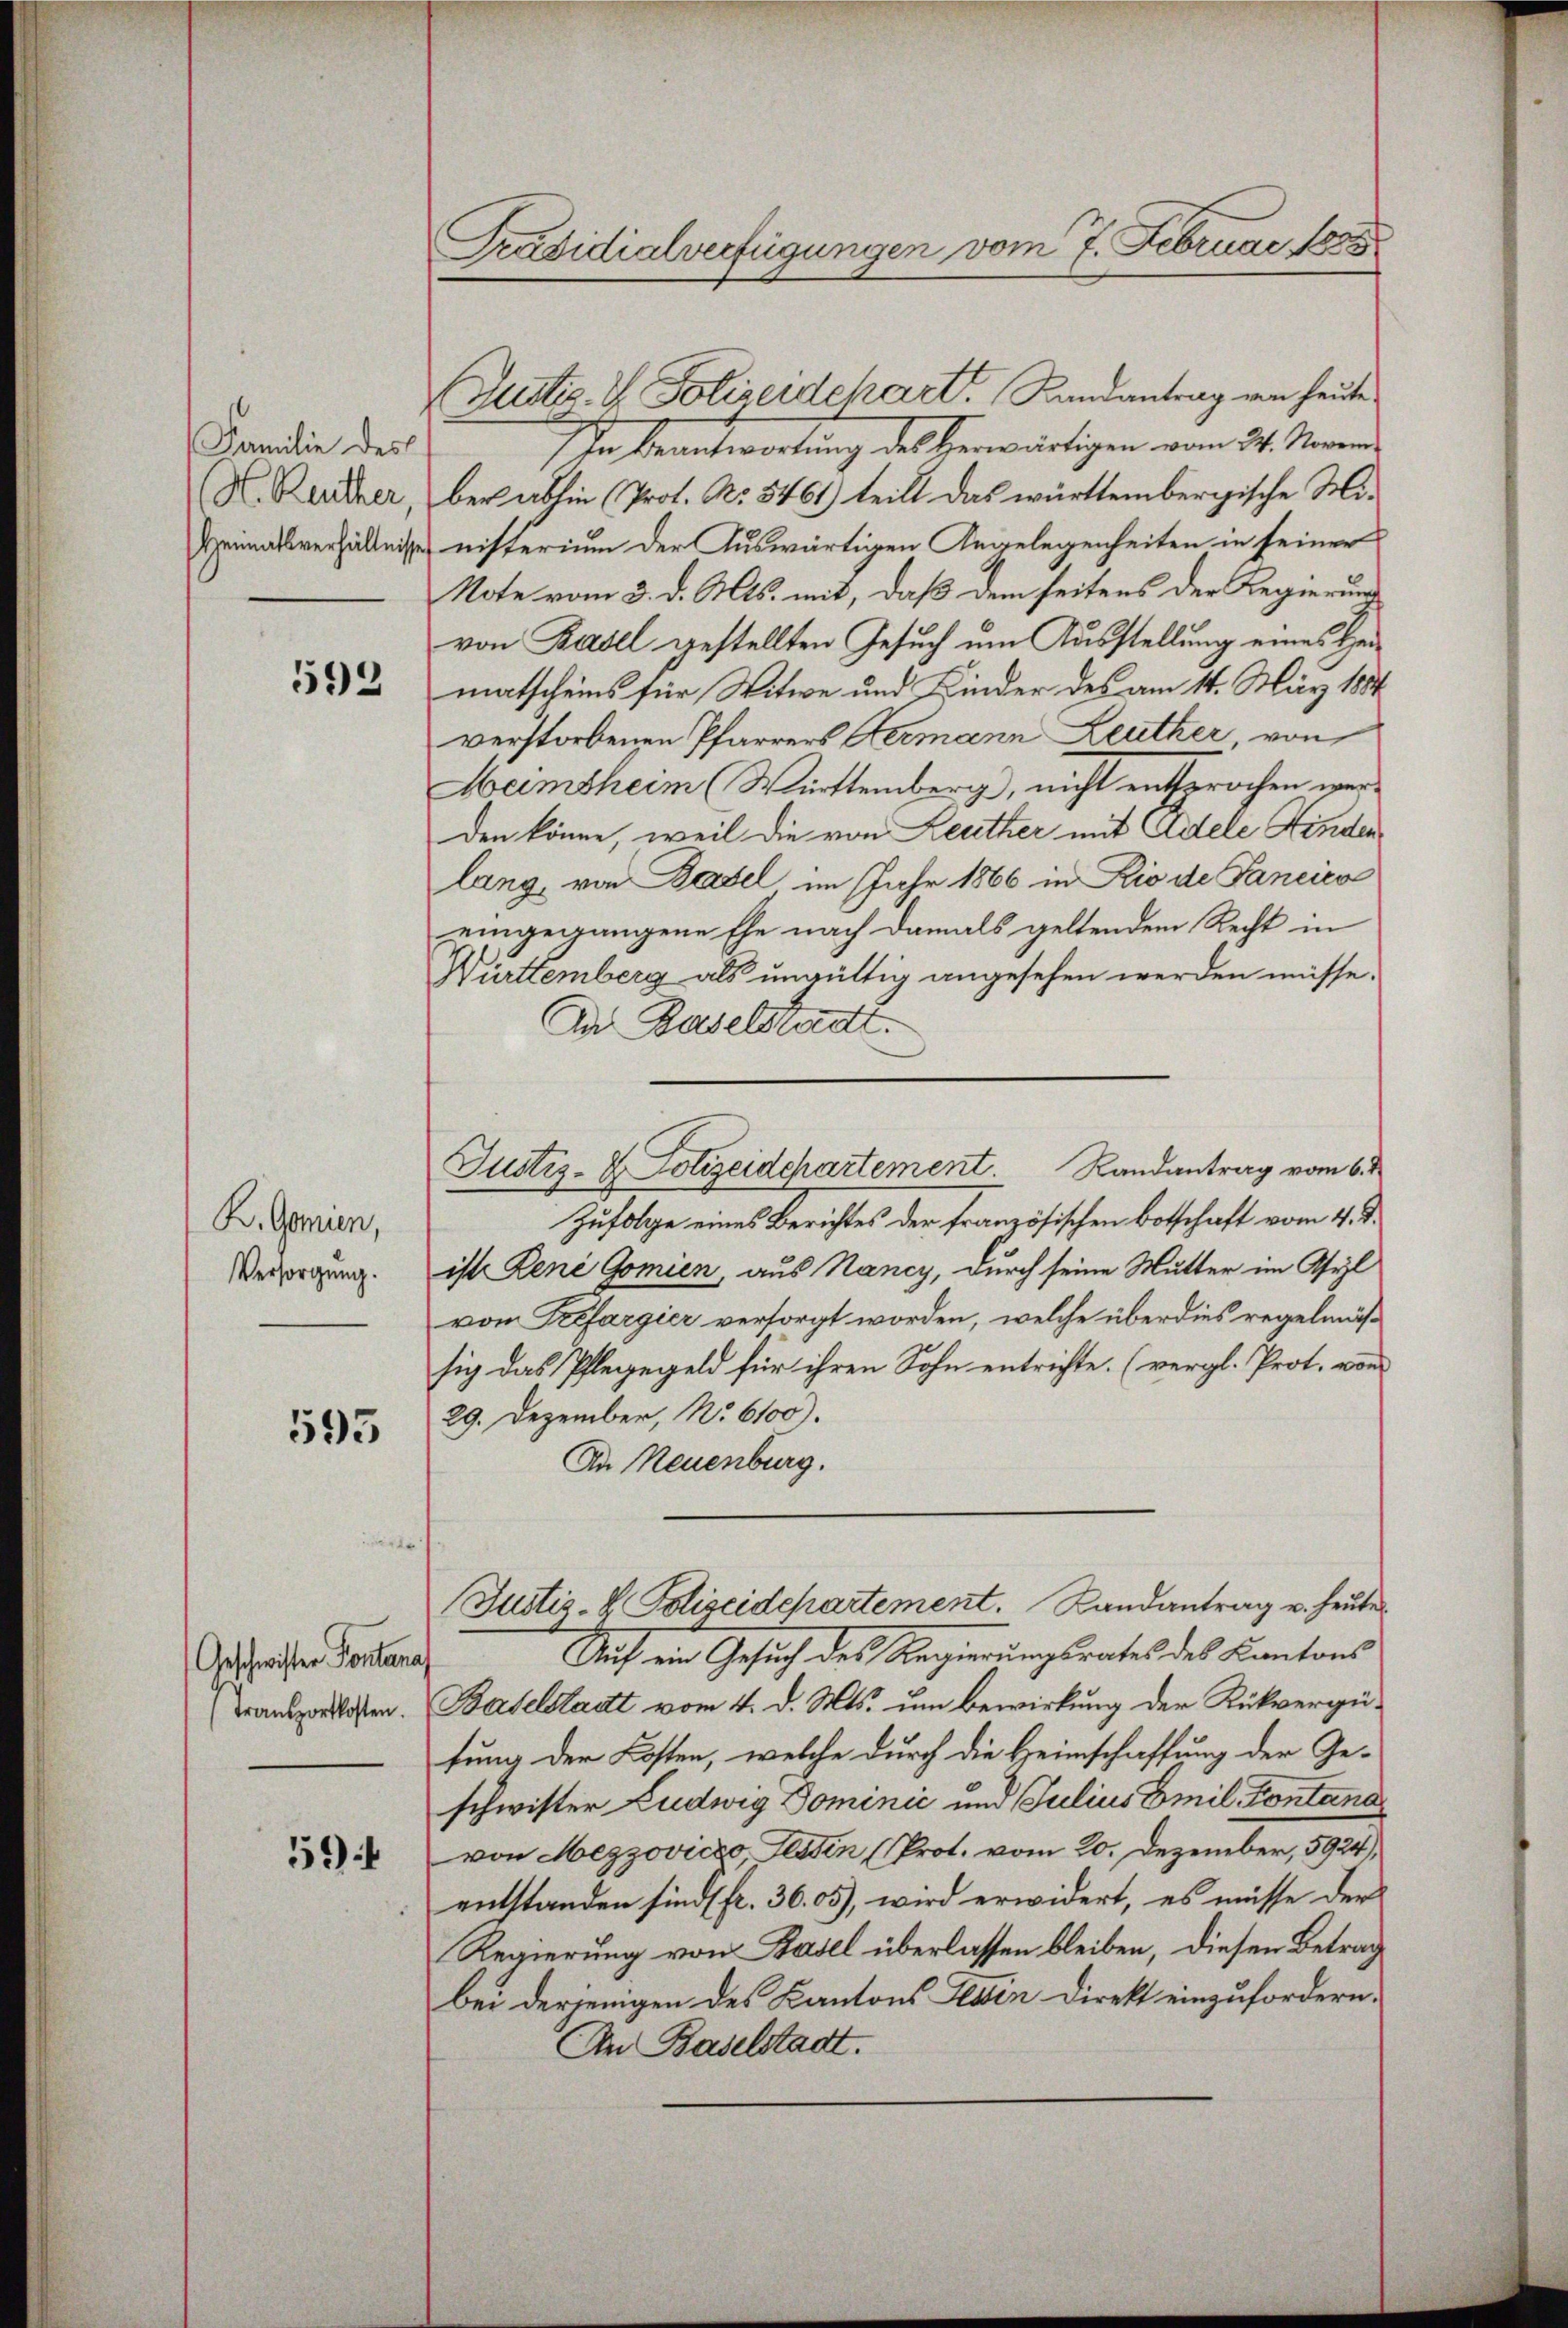
Familie des
H. Ruther,
Heimatsverhältniss

592

K. Gonien,
Versorgung.

593

Geschwister Pontana
Transportkosten.

59

Präsidialverfügungen vom 7. Februar dort

Nustiz- & Polizeidchart. Landantrag von heute
In Beantwortung des herwärtigen vom 24. Marin
ber abhin (Prot. No. 5461) teilt das württembergische Ministerium der Auswärtigen Angelegenheiten in seiner
Note vom 3. d. Mts. mit, daß dem seitens der Regierung
von Basell gestellten Gesuch um Ausstellung eines Heimatscheins für Witwe und Kinder des am 14. März 1884
verstorbenen Pfarrers Germann Leuther, von
Meimsheim (Württemberg, nicht entsprochen werden könne, weil die von Leuther mit Adele Hinden
lang von Basel im Jahr 1866 in Rio de Fancica
eingegangene Ehe nach damals geltendem Recht in
Württemberg als ungültig angesehen werden müsse.
Der Baselstadt.
Zufolge eines Berichtes der französischen Botschaft vom 4. d.
ist René Gomien, aus Nancy, durch seine Mutter im Asyl
vom Prefargier versorgt worden, welche über dies regelmässig das Pflegegeld für ihren Sohn entrichte. (vergl. Prot. von
29. Dezember, No. 6100).
An Neuenburg.
Justiz-V. Polizeidepartement. Landantrag u. heute
Auch ein Gesuch des Regierungsrates des Kantons
Baselstadt vom 4. d. Mts. um Bewirkung der Rückvergütung der Kosten, welche durch die Heimschaffung der Ge-
schwister Ludwig Dominić und Julius Emil Kontana
von Mezzovico, Tessin (Prot. vom 20. Dezember, 5924),
entstanden sind fr. 36. 05), wird erwidert, es müsse der
Regierung von Basel überlassen bleiben, diesen Betrag
bei derjenigen des Kantons Ein Direkt einzufordern.
An Baselstadt.

Justiz- & Polizeidepartement.  Randantrag vom 6.